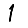
Digit: 1